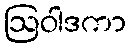
ဩဝါဒကာ